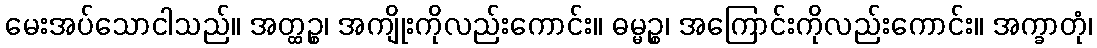
မေးအပ်သောငါသည်။ အတ္ထဉ္စ၊ အကျိုးကိုလည်းကောင်း။ ဓမ္မဉ္စ၊ အကြောင်းကိုလည်းကောင်း။ အက္ခာတုံ၊